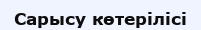
Сарысу көтерілісі